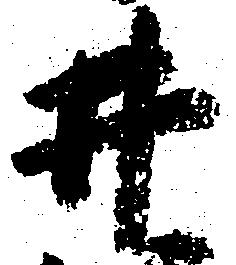
井